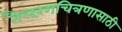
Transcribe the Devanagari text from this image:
तैलरंगचित्रणासाठी